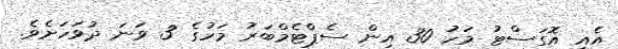
އެއީ އޮގަސްޓު މަހު 30 އިން ސެޕްޓެމްބަރު މަހުގެ 3 ވަނަ ދުވަހަށެވެ.